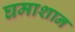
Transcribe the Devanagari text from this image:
घमाशान